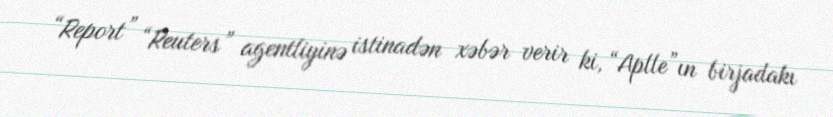
“Report” “Reuters” agentliyinə istinadən xəbər verir ki, “Aplle”ın birjadakı